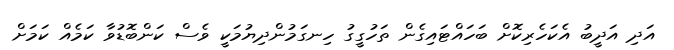
އަދި އަދީބު އެކަހެރިކޮށް ބަހައްޓައިގެން ތަހުގީގު ހިނގަމުންދިޔުމަކީ ވެސް ކަންބޮޑުވާ ކަމެއް ކަމަށް